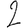
Digit: 2